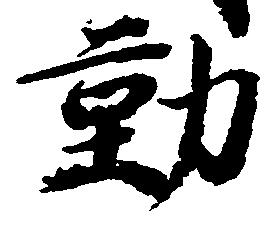
勤